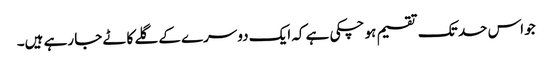
جو اس حد تک تقسیم ہو چکی ہے کہ ایک دوسرے کے گلے کاٹے جا رہے ہیں۔